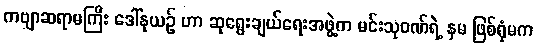
ကဗျာဆရာမကြီး ဒေါ်နုယဉ် ဟာ ဆုရွေးချယ်ရေးအဖွဲ့က မင်းသုဝဏ်ရဲ့ နှမ ဖြစ်ရုံမက